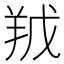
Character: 𮊥